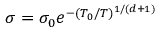
\sigma = \sigma _ { 0 } e ^ { - ( T _ { 0 } / T ) ^ { 1 / ( d + 1 ) } }